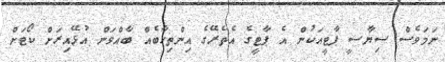
ނަމަވެސް ސިޔާސީ ޕާޓީއަކުން އެ ޕާޓީގެ އެތެރޭގެ އިންތިހާބެއް ބާއްވަން އުޅޭއިރަށް ކޯޓަށް